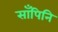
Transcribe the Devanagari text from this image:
साँपिनि